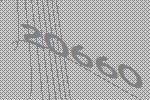
20660